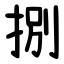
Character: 捌